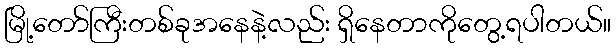
မြို့တော်ကြီးတစ်ခုအနေနဲ့လည်း ရှိနေတာကိုတွေ့ရပါတယ်။